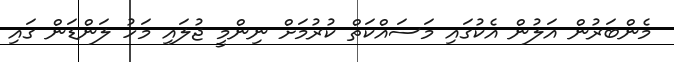
މެންބަރުން އަލުން އެކުގައި މަސައްކަތް ކުރުމަށް ނިންމީ ޖުލައި މަހު ލަންޑަން ގައި